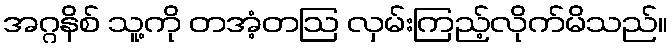
အဂ္ဂနိစ် သူ့ကို တအံ့တဩ လှမ်းကြည့်လိုက်မိသည်။